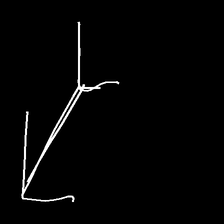
Glyph: gather